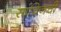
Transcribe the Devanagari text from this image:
सांचिनची